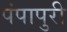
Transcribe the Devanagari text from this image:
पंपापुरी